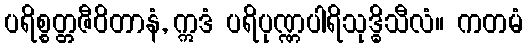
ပရိစ္စတ္တဇီဝိတာနံ, ဣဒံ ပရိပုဏ္ဏပါရိသုဒ္ဓိသီလံ။ ကတမံ